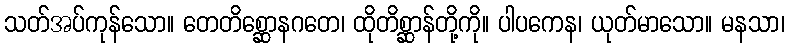
သတ်အပ်ကုန်သော။ တေတိစ္ဆောနဂတေ၊ ထိုတိစ္ဆာန်တို့ကို။ ပါပကေန၊ ယုတ်မာသော။ မနသာ၊